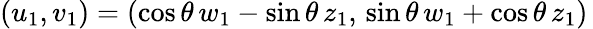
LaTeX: (u_{1},v_{1})=(\cos\theta\, w_{1}-\sin\theta\, z_{1},\, \sin\theta\, w_{1}+\cos\theta\, z_{1})\,